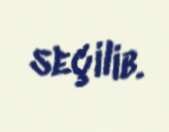
seçilib.